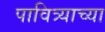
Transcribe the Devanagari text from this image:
पावित्र्याच्या